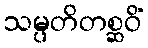
သမ္ပတိတစ္ဆဝိံ